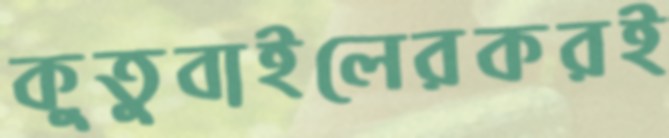
কুতুবাইলেরকরই